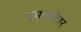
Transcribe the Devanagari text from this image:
सुधासरोवर